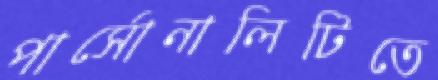
পার্সোনালিটিতে